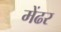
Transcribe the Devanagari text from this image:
मेंढर